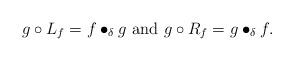
LaTeX: \begin{align*}g\circ L_f=f\bullet_\delta g\ \mbox{and}\ g\circ R_f=g\bullet_\delta f.\end{align*}